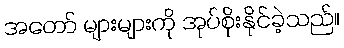
အတော် များများကို အုပ်စိုးနိုင်ခဲ့သည်။